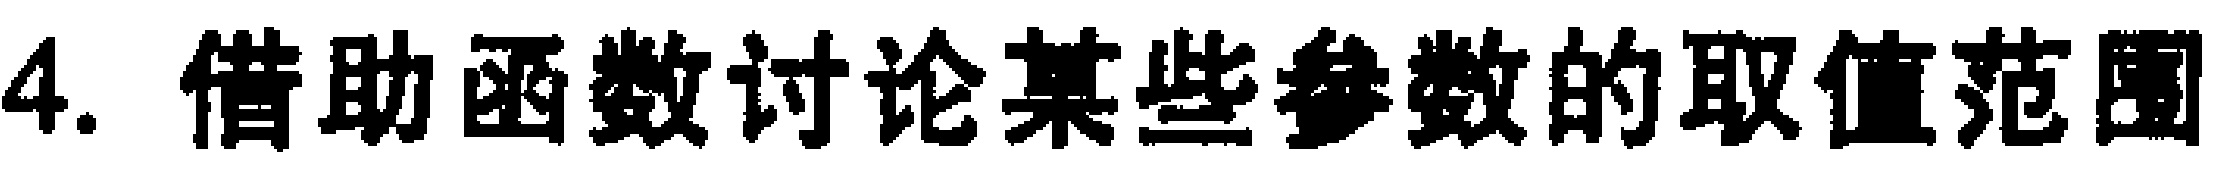
4. 借助函数讨论某些参数的取值范围